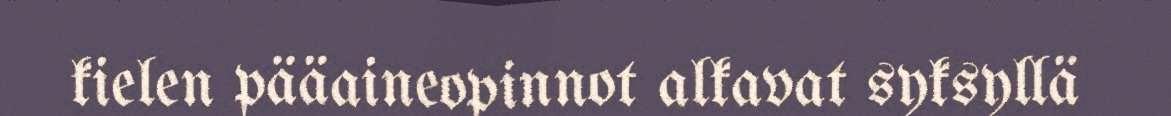
kielen pääaineopinnot alkavat syksyllä